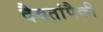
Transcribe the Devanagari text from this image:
दैवतांपैकी